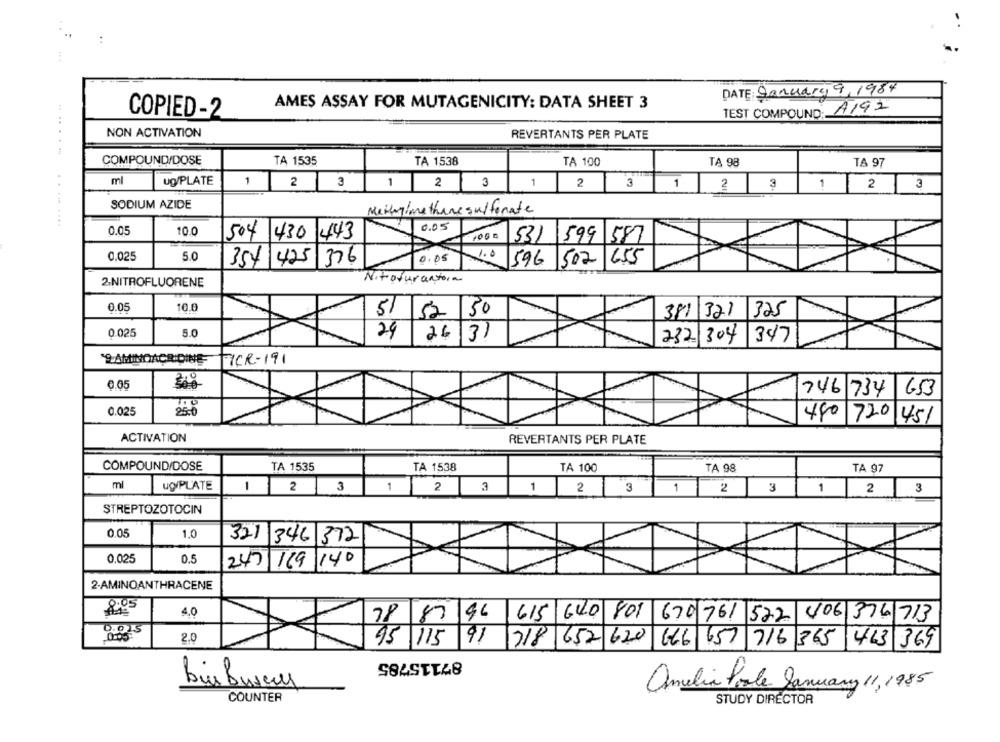
...
DATE: January 9, 1984
1
AMES ASSAY FOR MUTAGENICITY: DATA SHEET 3
TEST COMPOUND: A192
COPIED-2
NON ACTIVATION
REVERTANTS PER PLATE
COMPOUND/DOSE
TA 1535
TA 1538
TA 100
TA 98
TA 97
m
Ug/PLATE
1
2
3
1
2
3
1
3
1
2
3
2
1 2 3
SODIUM AZIDE
0.05
10.0
504 430 443
531
1599
587
0.025
5.0
655
354 425 376
596 502
Nitoturantora
2.NITROFLUORENE
0.05
10.0
51 52 50
381 321 325
0.025
5.0
24 26 31
232 304 347
`S AMINOACIDINE-
TICR-191
6.05
746 734
6.53
0.025
78
480 720
1451
ACTIVATION
REVERTANTS PER PLATE
COMPOUND/DOSE
TA 1535
TA 1538
TA 100
TA 98
TA 97
m
UQ/PLATE
1
T
1
2
3
1
3
2 3
2 3 1 2
1 2 3
STREPTOZOTOCIN
0.05
1.0
321 346 372
0.025
0.5
247 169 140
2-AMINOANTHRACENE
8:05
4.0
78 87 46
615 640 801 670 761 522 406 376 713
0.015
2.0
95 115 91
218 652 620
666 657 716 365 463 369
87115785
amelia Poole January 11, 1985
COUNTER
STUDY DIRECTOR